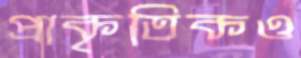
প্রাকৃতিকও